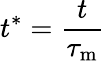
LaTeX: t^{*}=\frac{t}{\tau_{\mathrm{m}}}